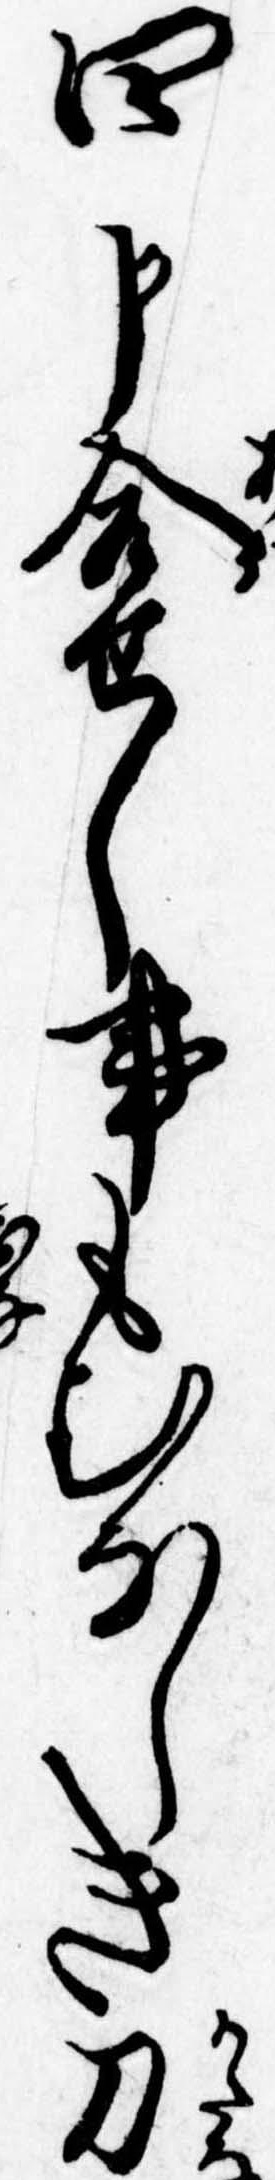
四申合せし事もむなしき刀